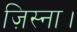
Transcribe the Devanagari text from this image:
ज़िस्ना।